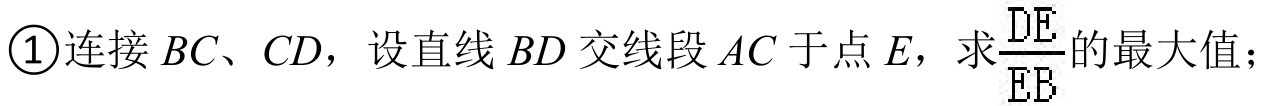
\textcircled{1}连接 \(BC\)、\(CD\)，设直线 \(BD\) 交线段 \(AC\) 于点 \(E\)，求\(\frac{DE}{EB}\)的最大值；